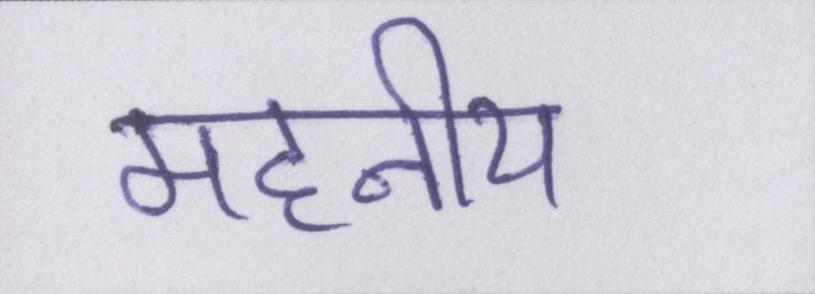
महनीय